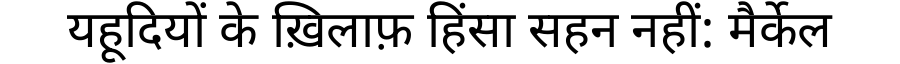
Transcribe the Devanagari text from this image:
यहूदियों के ख़िलाफ़ हिंसा सहन नहीं: मैर्केल